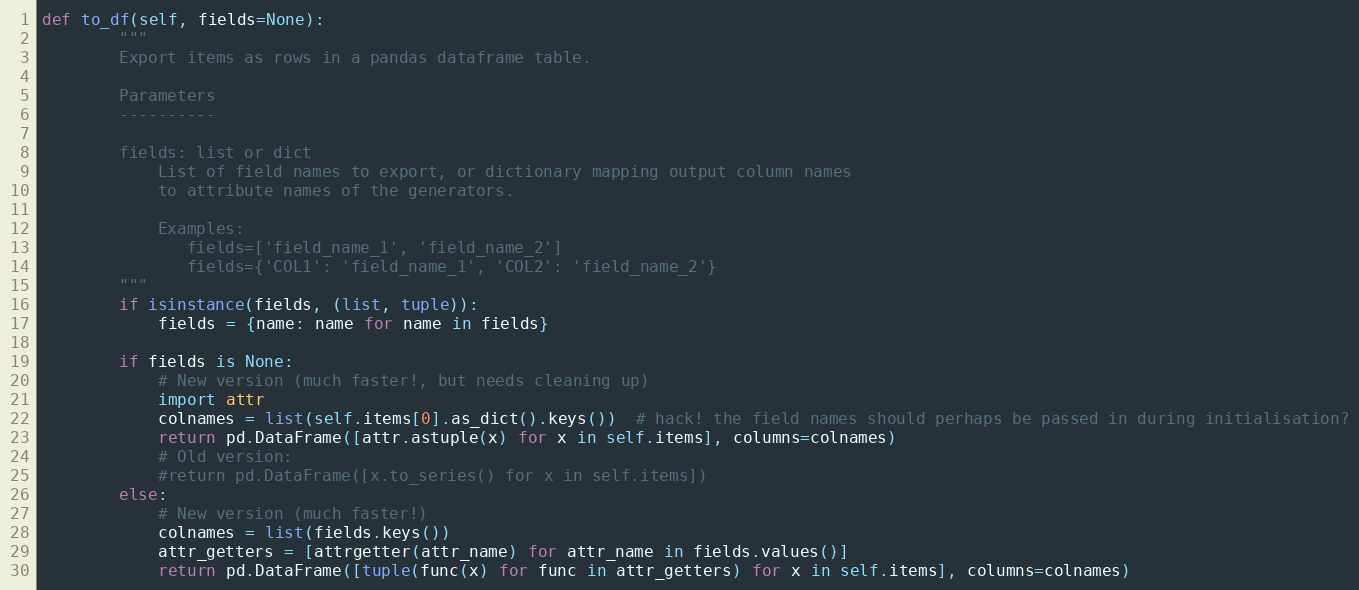
Language: Python
def to_df(self, fields=None):
        """
        Export items as rows in a pandas dataframe table.

        Parameters
        ----------

        fields: list or dict
            List of field names to export, or dictionary mapping output column names
            to attribute names of the generators.

            Examples:
               fields=['field_name_1', 'field_name_2']
               fields={'COL1': 'field_name_1', 'COL2': 'field_name_2'}
        """
        if isinstance(fields, (list, tuple)):
            fields = {name: name for name in fields}

        if fields is None:
            # New version (much faster!, but needs cleaning up)
            import attr
            colnames = list(self.items[0].as_dict().keys())  # hack! the field names should perhaps be passed in during initialisation?
            return pd.DataFrame([attr.astuple(x) for x in self.items], columns=colnames)
            # Old version:
            #return pd.DataFrame([x.to_series() for x in self.items])
        else:
            # New version (much faster!)
            colnames = list(fields.keys())
            attr_getters = [attrgetter(attr_name) for attr_name in fields.values()]
            return pd.DataFrame([tuple(func(x) for func in attr_getters) for x in self.items], columns=colnames)